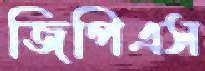
জিপিএস